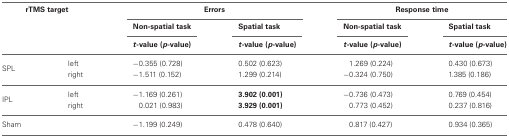
| <COLSPAN=2> rTMS target | <COLSPAN=2> Errors | <COLSPAN=2> Response time |
 |  |  | Non-spatial task | Spatial task | Non-spatial task | Spatial task |
 |  |  | t-value (p-value) | t-value (p-value) | t-value (p-value) | t-value (p-value) |
 | --- | --- | --- | --- | --- | --- |
 | <ROWSPAN=2> SPL | left | −0.355 (0.728) | 0.502 (0.623) | −1.269 (0.224) | 0.430 (0.673) |
 | right | −1.511 (0.152) | 1.299 (0.214) | −0.324 (0.750) | 1.385 (0.186) |
 | <ROWSPAN=2> IPL | left | −1.169 (0.261) | 3.902 (0.001) | −0.736 (0.473) | 0.769 (0.454) |
 | right | −0.021 (0.983) | 3.929 (0.001) | −0.773 (0.452) | 0.237 (0.816) |
 | Sham |  | −1.199 (0.249) | 0.478 (0.640) | −0.817 (0.427) | 0.934 (0.365) |